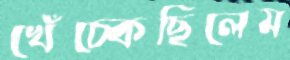
খেঁচ্‌কেছিলেম